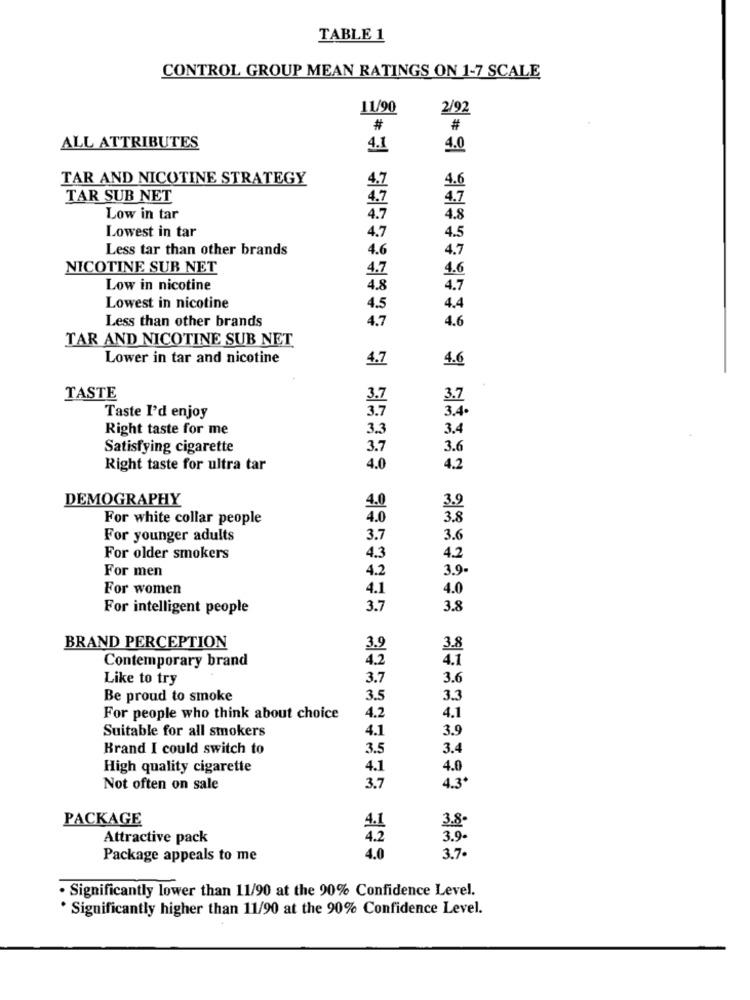
TABLE 1
CONTROL GROUP MEAN RATINGS ON 1-7 SCALE
11/90
2/92
#
#
ALL ATTRIBUTES
4.1
4.0
TAR AND NICOTINE STRATEGY
4.7
4.6
TAR SUB NET
4.7
4.7
Low in tar
4.7
4.8
Lowest in tar
4.7
4.5
Less tar than other brands
4.6
4.7
NICOTINE SUB NET
4.7
4.6
Low in nicotine
4.8
Lowest in nicotine
4.5
Less than other brands
4.7
4.6
TAR AND NICOTINE SUB NET
Lower in tar and nicotine
4.7
4.6
TASTE
3.7
3.7
3.4.
Taste I'd enjoy
3.7
Right taste for me
3.3
3.4
Satisfying cigarette
3.7
3.6
Right taste for ultra tar
4.0
4.2
DEMOGRAPHY
4.0
For white collar people
4.0
For younger adults
3.7
3.6
For older smokers
4.3
4.2
For men
4.2
3.9
For women
4.1
4.0
For intelligent people
3.7
3.8
BRAND PERCEPTION
3.9
3.8
4.2
Contemporary brand
4.1
Like to try
3.7
3.6
Be proud to smoke
3.5
3.3
For people who think about choice
4.2
4.1
Suitable for all smokers
4.1
3.9
Brand I could switch to
3.5
3.4
High quality cigarette
4.1
4.0
Not often on sale
3.7
4.3
PACKAGE
3.8
Attractive pack
3.9
Package appeals to me
4.0
3.7
· Significantly lower than 11/90 at the 90% Confidence Level.
`Significantly higher than 11/90 at the 90% Confidence Level.